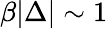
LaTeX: \beta|\Delta|\sim 1